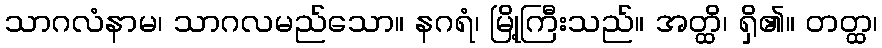
သာဂလံနာမ၊ သာဂလမည်သော။ နဂရံ၊ မြို့ကြီးသည်။ အတ္ထိ၊ ရှိ၏။ တတ္ထ၊